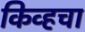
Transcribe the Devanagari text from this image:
किव्हचा